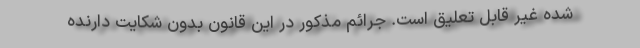
شده غیر قابل تعلیق است. جرائم مذکور در این قانون بدون شکایت دارنده